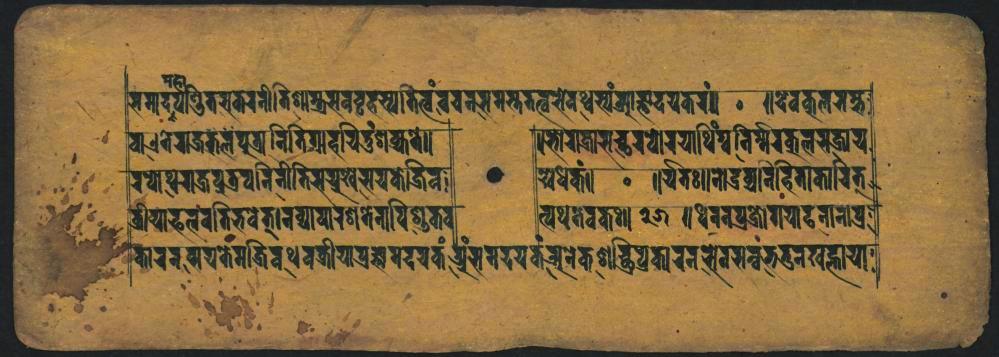
𑐳𑐩𑐬𑐡𑐥𑐱𑑂𑐬𑐶𑑄𑐟𑐳𑐲𑐣𑐷𑐟𑐶𑐱𑐵𑐎𑑂𑐫𑐳𑐰𑐰𑐺𑑂𑐚𑐳𑑂𑐫𑐵𑐟𑐶𑐟𑑂𑐰𑑄𑐬𑐔𑐣𑐸𑐳𑐩𑐳𑑂𑐟𑐟𑐟𑑂𑐰𑐳𑐾𑐰𑐠𑐳𑑂𑐫𑑄𑐖𑐵𑐖𑑂𑐘𑑂𑐫𑐟𑐬𑑄𑑋 𑐰𑐊𑐟𑐾𑐫𑐖𑑂𑐟𑐾𑐮𑐥𑐸𑐥𑑂𑐬𑐬𑐶𑐟𑐶𑑂𑐬𑐵𑐴𑐔𑐶𑐟𑐸𑑄𑐱𑐎𑑂𑐫𑐟𑑀𑐬 𑐬𑐲𑑀𑐠𑐬𑐖𑑂𑐬𑐥𑐸𑐟𑑂𑐬𑐰𑐣𑐶𑐣𑐷𑐟𑐶𑐫𑑅𑐳𑐫𑐎𑐾𑐖𑐶𑐎 𑐡𑑂𑐬𑐷𑐫𑐵𑐦𑐮𑑄𑐬𑐟𑐶𑐨𑐰𑐾𑐟𑑂𑑋𑐰𑐰𑑂𑐫𑐵𑐰𑐵𑐬𑐞𑐟𑐾𑐣𑐵𑐥𑐶𑐱𑑂𑐸𑐎𑐰 𑐟𑑁𑐬𑐬𑐲𑐫𑐟𑐾𑐩𑐟𑑂𑐬𑐶𑐰𑐠𑐰𑐟𑑂𑐬𑐷𑐫𑐵𑐥𑑂𑐬𑐖𑑂𑐘𑐥𑐡𑐔𑐎𑑄𑐱𑑂𑐬𑐸𑑄𑐳𑐩𑐡𑐫𑐎𑐘𑑂𑐬𑐱𑐎𑐱𑑂𑐡𑑂𑐬𑐶𑐥𑑂𑐬𑐎𑐵𑐬𑐣𑐳𑐾𑐰𑐳𑑂𑐰𑐨𑐟𑑂𑐬𑐣𑐏𑐖𑑂𑐘𑐵𑐫𑐵